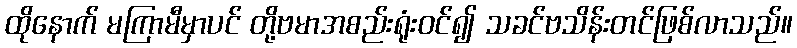
ထိုနောက် မကြာမီမှာပင် တို့ဗမာအစည်းရုံးဝင်၍ သခင်ဗသိန်းတင်ဖြစ်လာသည်။